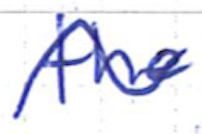
Text: the
Cross-out: wave
Writing tool: ballpoint